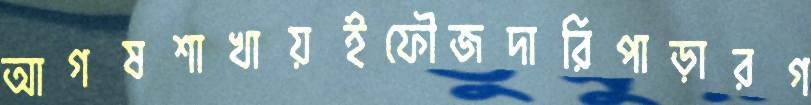
আগষশাখায়ইফৌজদারিপাড়ারগ